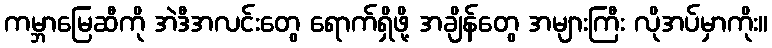
ကမ္ဘာမြေဆီကို အဲဒီအလင်းတွေ ရောက်ရှိဖို့ အချိန်တွေ အများကြီး လိုအပ်မှာကိုး။